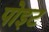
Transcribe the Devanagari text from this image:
पोइट